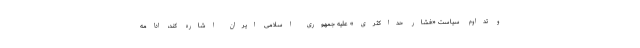
و تداوم سیاست «فشار حداکثری» علیه جمهوری اسلامی ایران اشاره کند، ادامه